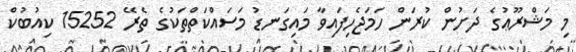
މި މަޝްރޫޢުގެ ދަށުން ކުރަން ހަމަޖެހިފައިވާ މައިގަނޑު މަސައްކަތްތަކުގެ ތެރޭ 15252 ކިއުބުކް